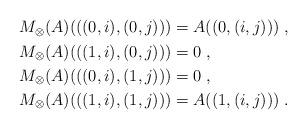
LaTeX: \begin{align*}\begin{aligned}M_\otimes(A)(((0,i),(0,j)))&= A((0,(i,j)))\;,\\M_\otimes(A)(((1,i),(0,j)))&= 0\;,\\M_\otimes(A)(((0,i),(1,j)))&= 0\;,\\M_\otimes(A)(((1,i),(1,j)))&= A((1,(i,j)))\;.\end{aligned}\end{align*}